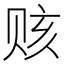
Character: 赅